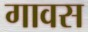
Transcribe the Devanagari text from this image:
गावस